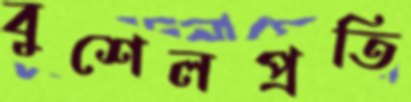
বুশেলপ্রতি